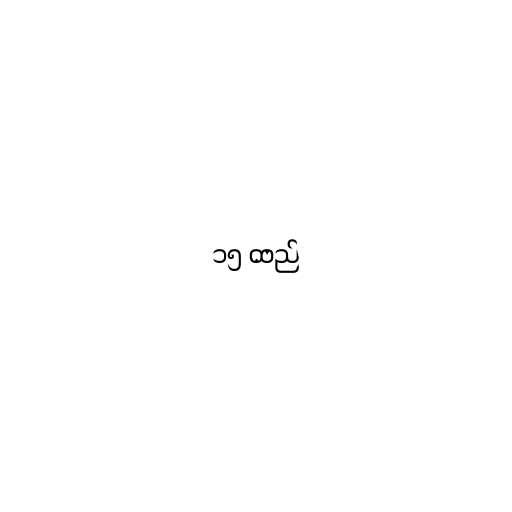
၁၅ ထည်